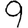
Digit: 9